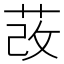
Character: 𦰦